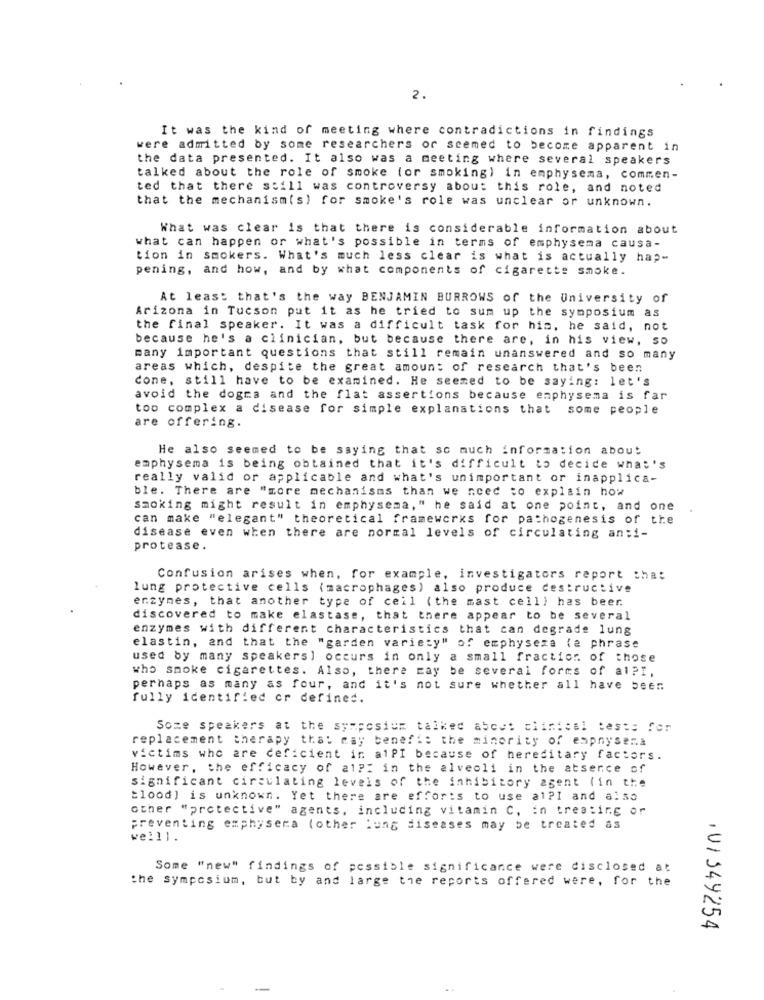
2.
It was the kind of meeting where contradictions in findings
were admitted by some researchers or seemed to become apparent in
the data presented. It also was a meeting where several speakers
talked about the role of smoke (or smoking) in emphysema, commen-
ted that there still was controversy about this role, and noted
that the mechanism(s) for smoke's role was unclear or unknown.
What was clear is that there is considerable information about
what can happen or what's possible in terms of emphysema causa-
tion in smokers. What's much less clear is what is actually hap-
pening, and how, and by what components of cigarette smoke.
At least that's the way BENJAMIN BURROWS of the University of
Arizona in Tucson put it as he tried to sum up the symposium as
the final speaker. It was a difficult task for his, he said, not
because he's a clinician, but because there are, in his view, so
many important questions that still remain unanswered and so many
areas which, despite the great amount of research that's been
cone, still have to be examined. He seemed to be saying: let's
avoid the dogra and the flat assertions because emphysema is far
too complex a disease for simple explanations that some people
are offering.
He also seemed to be saying that so much information about
emphysema is being obtained that it's difficult to decide what's
really valid or applicable and what's unimportant or inapplica-
ble. There are "more mechanisms than we need to explain how
smoking might result in emphysema," he said at one point, and one
can make "elegant" theoretical frameworks for pathogenesis of the
disease even when there are normal levels of circulating anti-
protease.
Confusion arises when, for example, investigators report that
lung protective cells (macrophages) also produce destructive
enzymes, that another type of cell (the mast cell) has beer.
discovered to make elastase, that there appear to be several
enzymes with different characteristics that can degrade lung
elastin, and that the "garden variety" of emphyseza (e phrase
used by many speakers] occurs in only a small fraction of those
who smoke cigarettes. Also, there may be several forms of al?I,
perhaps as many as four, and it's not sure whether all have been
fully identified or defined.
Some speakers at the symposium talked about clinical tests for
replacement therapy that may benefi: the minority of espnysera
victims who are deficient ir alPI because of hereditary factors.
However, the efficacy of alp: in the alveoli in the absence of
significant circulating levels of the inhibitory agent (in the
Blood) is unknown. Yet there are efforts to use al?I and also
other "protective" agents, including vitamin C, in treating or
preventing emphysera (other Lung diseases may be treated as
welll.
Some "new" findings of possible significance were disclosed at
the symposium, but by and large the reports offered were, for the
, 01 349254